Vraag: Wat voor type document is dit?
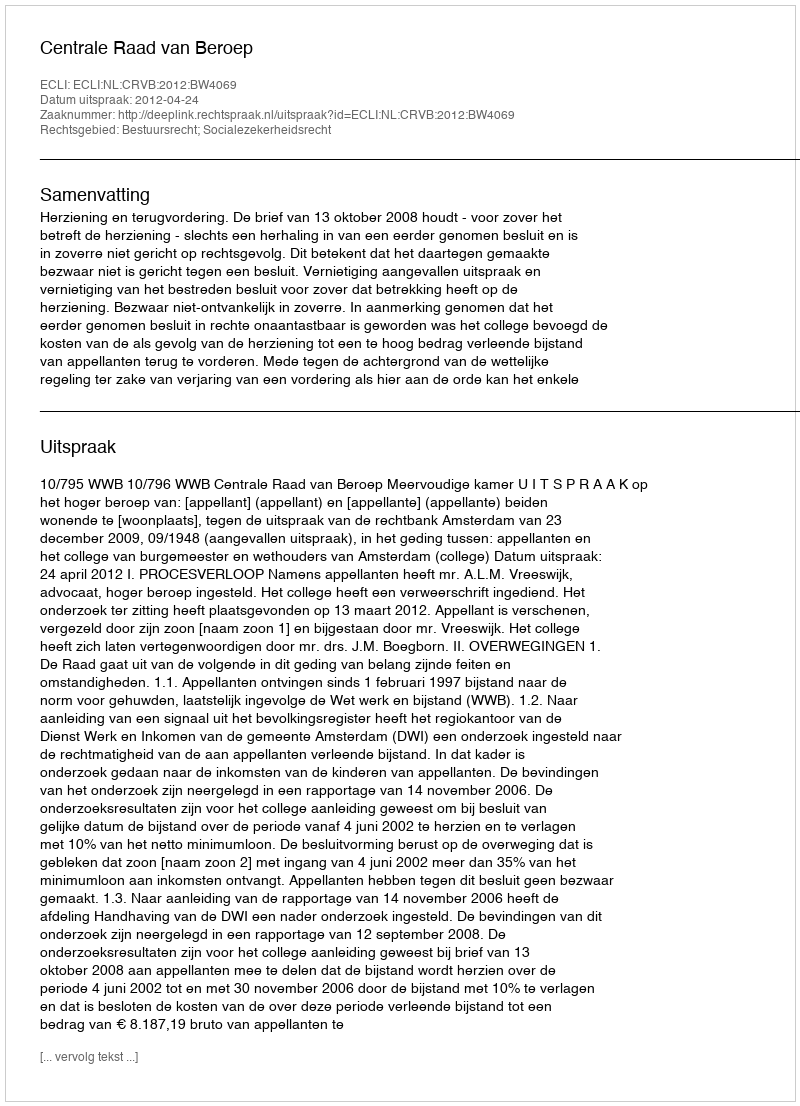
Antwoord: Uitspraak